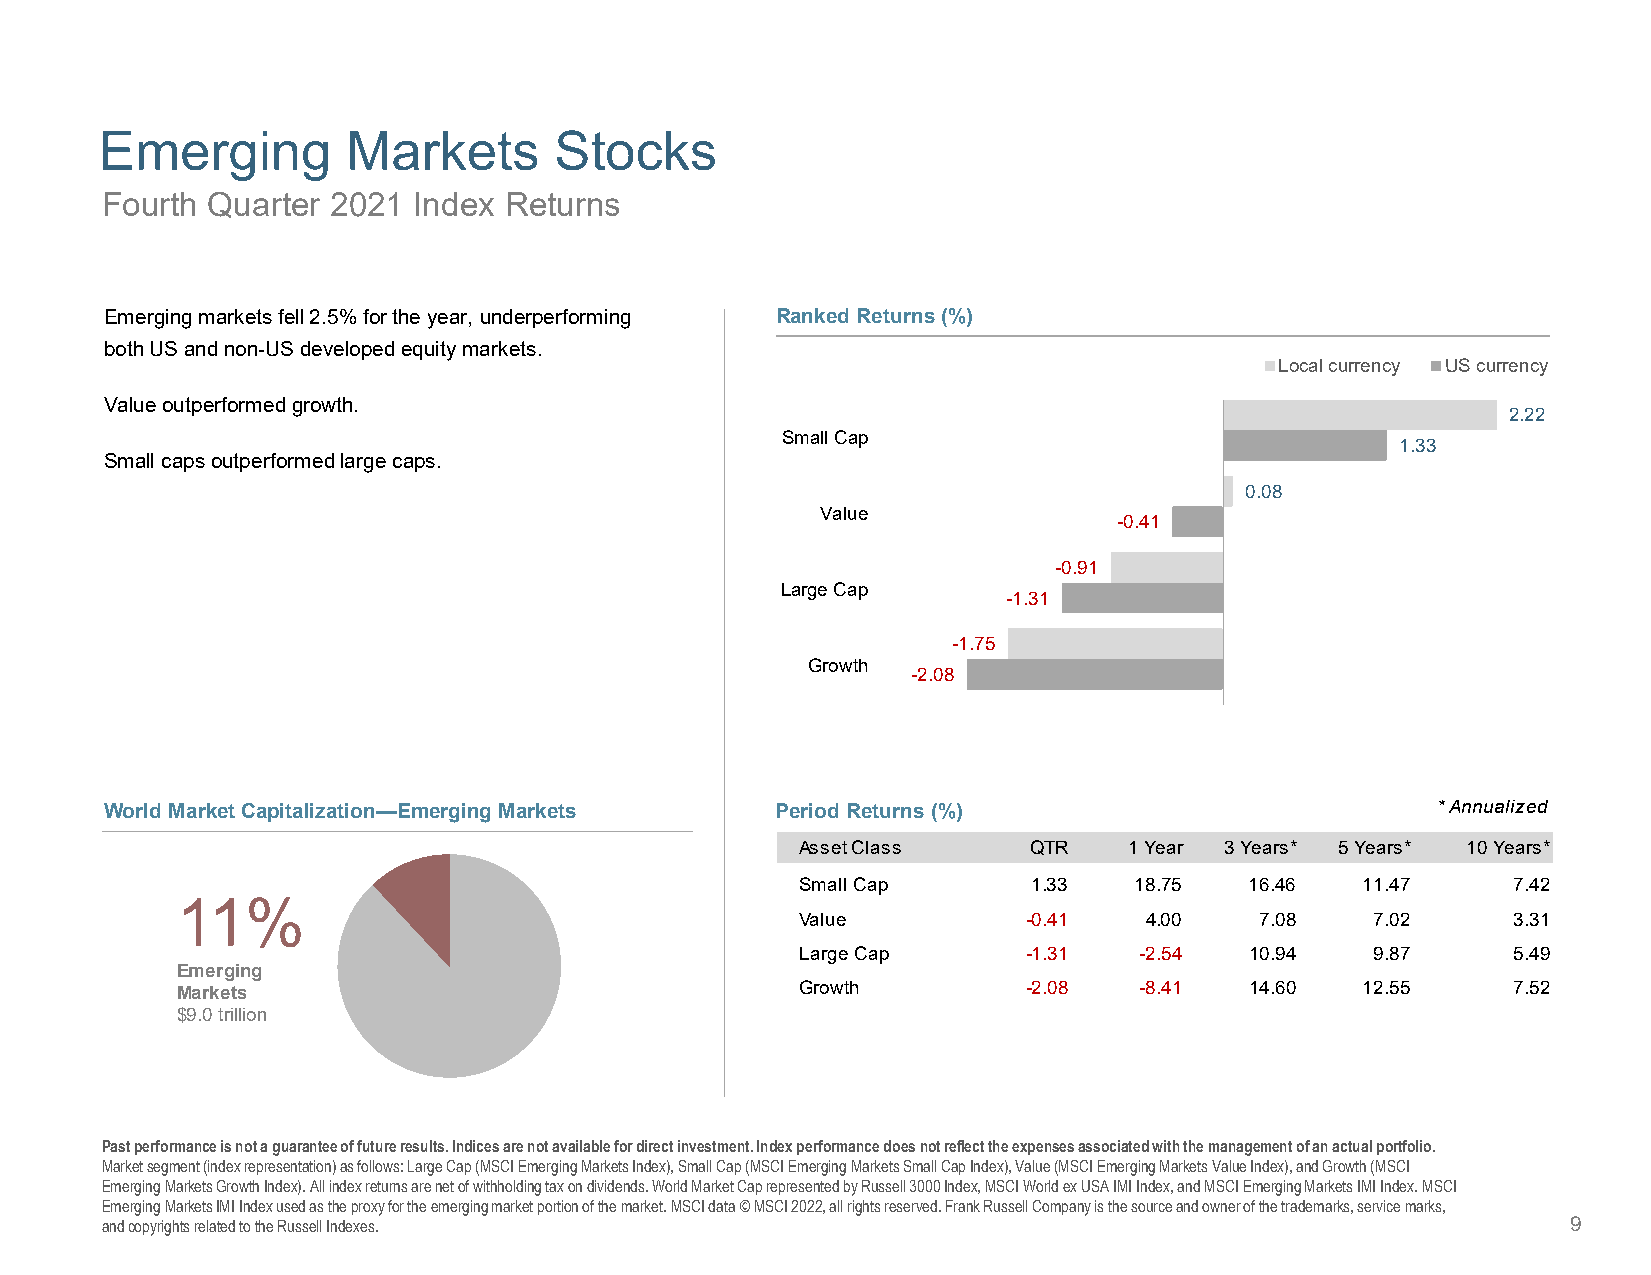
Emerging        Markets       Stocks
 Fourth Quarter 2021 Index Returns
 Emerging markets fell 2.5% for the year, underperforming Ranked Returns (%)
 both US and non-US developed equity markets.
 Local currency US currency
 Value outperformed growth.
 2.22
 Small Cap
 1.33
 Small caps outperformed large caps.
 0.08
 Value
 -0.41
 -0.91
 Large Cap
 -1.31
 -1.75
 Growth
 -2.08
 World Market Capitalization—Emerging Markets Period Returns (%)                         * Annualized
 Asset Class    QTR    1 Year 3 Years* 5 Years* 10 Years*
 Small Cap      1.33   18.75   16.46  11.47     7.42
 11%
 Value          -0.41   4.00   7.08    7.02     3.31
 Large Cap      -1.31  -2.54   10.94   9.87     5.49
 Emerging
 Markets                                  Growth         -2.08  -8.41   14.60  12.55     7.52
 $9.0 trillion
 Past performance is not a guarantee of future results. Indices are not available for direct investment. Index performance does not reflect the expenses associated with the management of an actual portfolio.
 Market segment (index representation) as follows: Large Cap (MSCI Emerging Markets Index), Small Cap (MSCI Emerging Markets Small Cap Index), Value (MSCI Emerging Markets Value Index), and Growth (MSCI
 Emerging Markets Growth Index). All index returns are net of withholding tax on dividends. World Market Cap represented by Russell 3000 Index, MSCI World ex USA IMI Index, and MSCI Emerging Markets IMI Index. MSCI
 Emerging Markets IMI Index used as the proxy for the emerging market portion of the market. MSCI data © MSCI 2022, all rightsreserved. Frank Russell Company is the source and owner of the trademarks, service marks,
 and copyrights related to the Russell Indexes.                                                   9